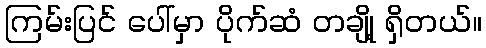
ကြမ်းပြင် ပေါ်မှာ ပိုက်ဆံ တချို့ ရှိတယ်။